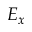
E _ { x }